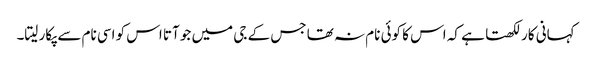
کہانی کار لکھتا ہے کہ اس کا کوئی نام نہ تھا جس کے جی میں جو آتا اس کو اسی نام سے پکار لیتا۔